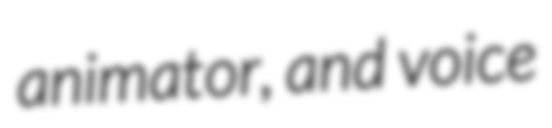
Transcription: animator, and voice